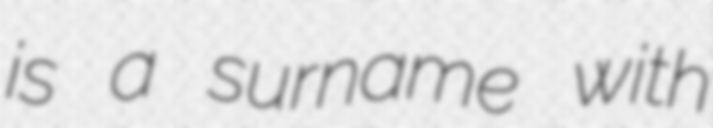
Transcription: is a surname with